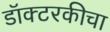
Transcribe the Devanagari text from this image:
डॉक्टरकीचा